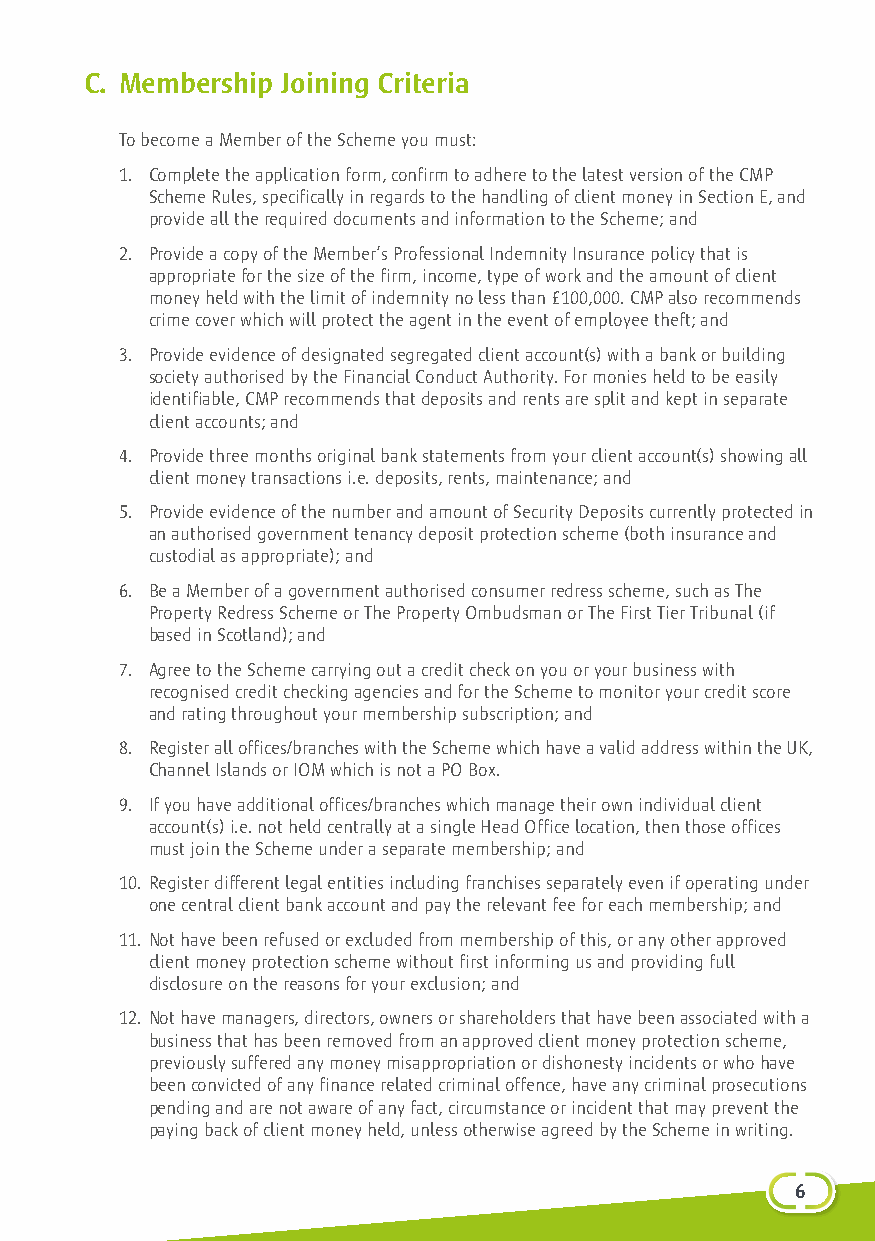
C. Membership Joining Criteria
 To become a Member of the Scheme you must:
 1. Complete the application form, confirm to adhere to the latest version of the CMP
 Scheme Rules, specifically in regards to the handling of client money in Section E, and
 provide all the required documents and information to the Scheme; and
 2. Provide a copy of the Member’s Professional Indemnity Insurance policy that is
 appropriate for the size of the firm, income, type of work and the amount of client
 money held with the limit of indemnity no less than £100,000. CMP also recommends
 crime cover which will protect the agent in the event of employee theft; and
 3. Provide evidence of designated segregated client account(s) with a bank or building
 society authorised by the Financial Conduct Authority. For monies held to be easily
 identifiable, CMP recommends that deposits and rents are split and kept in separate
 client accounts; and
 4. Provide three months original bank statements from your client account(s) showing all
 client money transactions i.e. deposits, rents, maintenance; and
 5. Provide evidence of the number and amount of Security Deposits currently protected in
 an authorised government tenancy deposit protection scheme (both insurance and
 custodial as appropriate); and
 6. Be a Member of a government authorised consumer redress scheme, such as The
 Property Redress Scheme or The Property Ombudsman or The First Tier Tribunal (if
 based in Scotland); and
 7. Agree to the Scheme carrying out a credit check on you or your business with
 recognised credit checking agencies and for the Scheme to monitor your credit score
 and rating throughout your membership subscription; and
 8. Register all offices/branches with the Scheme which have a valid address within the UK,
 Channel Islands or IOM which is not a PO Box.
 9. If you have additional offices/branches which manage their own individual client
 account(s) i.e. not held centrally at a single Head Office location, then those offices
 must join the Scheme under a separate membership; and
 10. Register different legal entities including franchises separately even if operating under
 one central client bank account and pay the relevant fee for each membership; and
 11. Not have been refused or excluded from membership of this, or any other approved
 client money protection scheme without first informing us and providing full
 disclosure on the reasons for your exclusion; and
 12. Not have managers, directors, owners or shareholders that have been associated with a
 business that has been removed from an approved client money protection scheme,
 previously suffered any money misappropriation or dishonesty incidents or who have
 been convicted of any finance related criminal offence, have any criminal prosecutions
 pending and are not aware of any fact, circumstance or incident that may prevent the
 paying back of client money held, unless otherwise agreed by the Scheme in writing.
 61